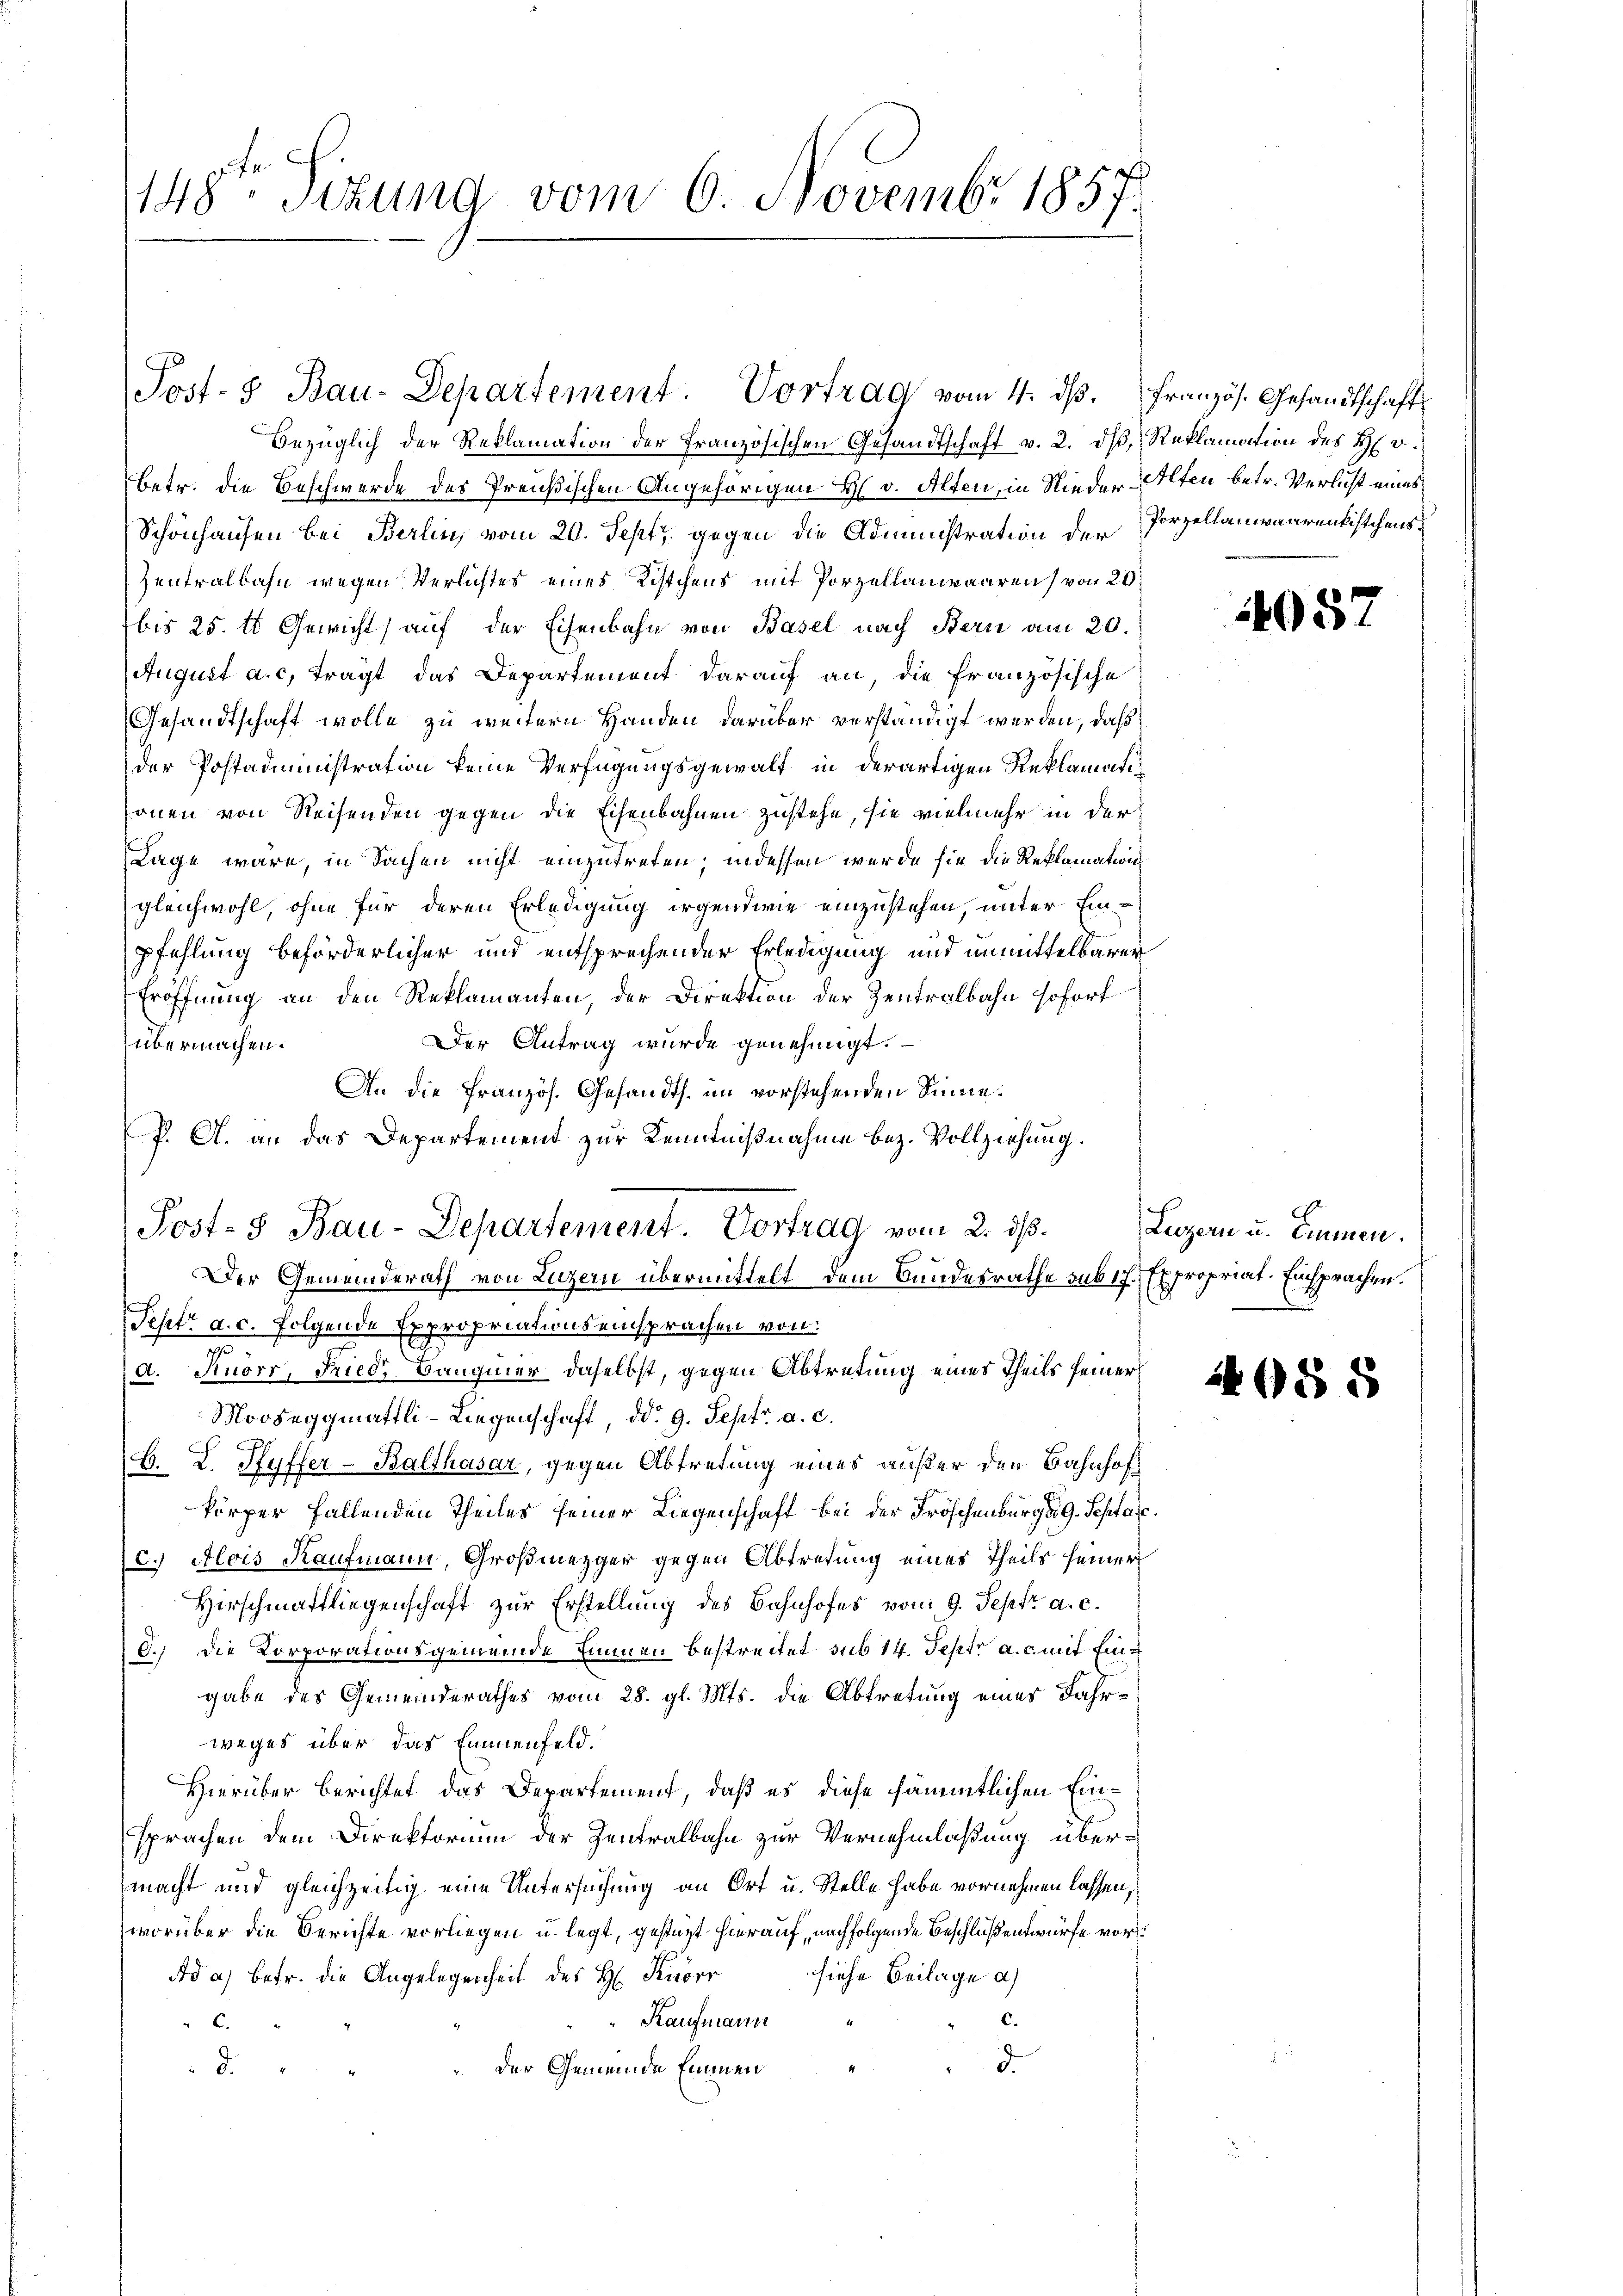
148ten Sizung vom 6. Novembr 1857.

Post- & Bau-Departement. Vortrag vom 4. dβ.

Post-3 Bau-Departement. Vortrag vom 2. ds.

Bezüglich der Reklamation der Französischen Gesandtschaft v. 2. dβ, Reklamation des H. v.
Betr. die Beschwerde des Preußischen Angehörigen H. v. Alten, in Nieder Alten betr. Verlicht eines
Schönhausen bei Berlin, vom 20. Sept., gegen die Administration der Porzellauwaarentistchens¬
Zentralbahn wegen Verlichtes eines Kistchens mit Porzellanwaaren, von 20
bis 25. tt Gewicht auf der Eisenbahn von Basel nach Bern am 20.
August a. c. tragt das Departement darauf an, die französische
Gesandtschaft wolle zu weitern Handen darüber verständigt werden, daß
der Postadministration keine Verfügungsgewalt in derartigen Reklamatisonen von Reisenden gegen die Eisenbahnen zustehe, sie vielmehr in der
Lage wäre, in Sachen nicht einzutreten; indessen wurde sie die Reklamation
gleichwohl, ohne für deren Erledigung irgendwie einzustehen, unter Einpfehlung beförderlicher und entsprechender Erledigung und unmittelbarer
Eröffnung an den Reklamanten, der Direktion der Zentralbahn sofort
Der Antrag wurde genehmigt.
übermachen.
An die Französ. Gesandts. im vorstehenden Sinne.
P. A. an das Departement zur Kenntnißnahme bez. Vollziehung.
Der Gemeinderath von Luzern übermittelt dem Bundesrathe sub ich. Expropriat. Einsprachen.
Sept. a. c. folgende Expropriationseinsprachen von:
A. Knorr, Fried, Baugmer daselbst, gegen Abtretung einer Theils seiner
Mooseggmättli-Liegenschaft, d. 9. Sept. a. c.
G. L. Ryffer-Balthasar, gegen Abtretung eines außer den Bahnhof
körper fallenden Theiles seiner Liegenschaft bei der Fröschenburger 9. Septasc
C.) Alois Kaufmann, Großmezger gegen Abtretung eines Theils seiner
Hirschmattliegenschaft zur Erstellung des Bahnhofes vom 9. Sept. a. c.
8.) Die Korporationsgemeinde Emmen bestreitet sub 14. Septr a. c. mit Eingabe des Gemeinderathes vom 28. gl. Mts. die Abtretung eines Jahrweges über das Emmenfeld.
Hierüber berichtet das Departement, daß es diese sämmtlichen Einsprachen dem Direktorium der Zentralbahn zur Vernehmlaßung übermacht und gleichzeitig eine Untersuchung an Ort u. Stelle habe vornehmen lassen,
worüber die Berichte vorliegen u. legt, gestützt hierauf, nachfolgende Beschluß entwürfe vorsiehe Beilage a)
Ad a) betr. die Angelegenheit des H. Knorr
c.
Kaufmann
C.
d
der Gemeinde Emmen
d.

französ. Gesandtschafts

1057

Luzern u. Einnen.

8 8